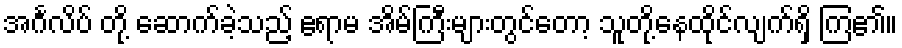
အင်္ဂလိပ် တို့ ဆောက်ခဲ့သည့် ဧရာမ အိမ်ကြီးများတွင်တော့ သူတို့နေထိုင်လျက်ရှိ ကြ၏။